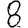
Digit: 8